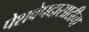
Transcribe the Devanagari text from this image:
पेशवेपदासाठीचा